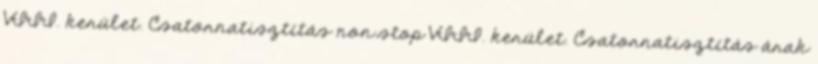
VIII. kerület. Csatornatisztítás non stop VIII. kerület. Csatornatisztítás árak